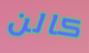
كالن